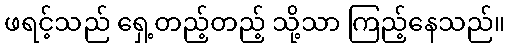
ဖရင့်သည် ရှေ့တည့်တည့် သို့သာ ကြည့်နေသည်။